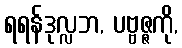
ရရန်ဒုလ္လဘ, ပဗ္ဗဇ္ဇကို,